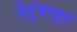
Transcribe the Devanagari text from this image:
पेरुंगालुर